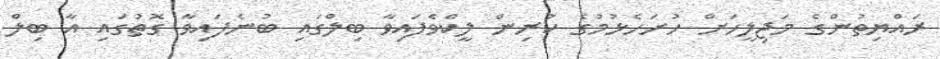
ރައްޔިތުންގެ މަޖިލީހަށް ހުށަހެޅުމުގެ ކުރިން ލީކްވެފައިވާ ބިލްގައި ބުނެފައިވާ ގޮތުގައި އާ ބިލް